Newspaper: Seattle daily post-intelligencer. [volume]
Place of publication: Seattle, W.T. [Wash.]
Publisher: [Post-Intelligencer Pub. Co.]
Date: 1885-05-29 00:00:00
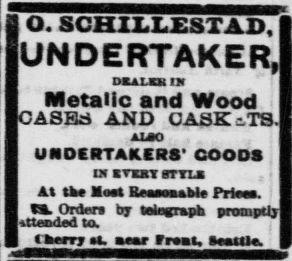
Advertisement text (OCR):
O. SCHILLESTAD. UNDERTAKER, DSAXJOK IN Metalic and Wood CASEW AND CASK _TS. Alio UNDERTAKERS' COOOS IN ITOT BTTLS At the Meet RssseasbH PHeea. «. Order* by telegraph promptly attended to. m. near treat. lienla
Label: text-only